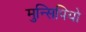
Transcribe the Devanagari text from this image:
मुन्सिपियो